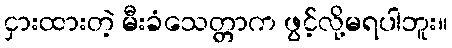
ငှားထားတဲ့ မီးခံသေတ္တာက ဖွင့်လို့မရပါဘူး။